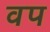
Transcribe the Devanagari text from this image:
वप